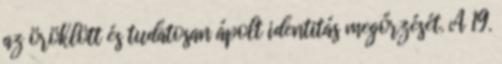
az öröklött és tudatosan ápolt identitás megőrzését. A 19.